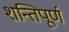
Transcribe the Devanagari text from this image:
शन्तिपूर्ण